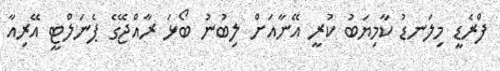
ފްރެޑީ މިލަނޑު ކާމިޔަބު ކުރީ އޭނާއަށް ލިބުނު ބޯޅަ ރާއްޖޭގެ ޕެނަލްޓީ އޭރިއާ